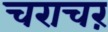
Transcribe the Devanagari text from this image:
चराचरं